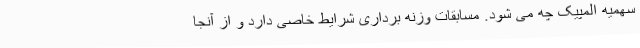
سهمیه المپیک چه می شود. مسابقات وزنه برداری شرایط خاصی دارد و از آنجا